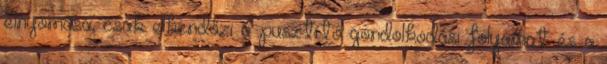
elnyomása, csak elkendőzi a pusztító gondolkodási folyamat és a